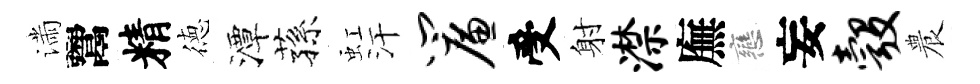
滿鬻精徳潭蓀虹汗帘受射潸廡戀妄彀農